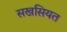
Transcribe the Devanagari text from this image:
सखसियत